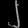
Digit: ၂